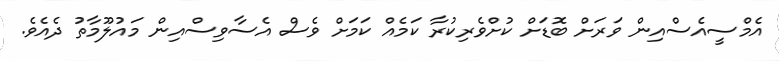
އެމްސީއެސްއިން ވަރަށް ބޮޑަށް ކުށްވެރިކުރާ ކަމެއް ކަމަށް ވެސް އެސާވިސްއިން މައުލޫމާތު ދެއެވެ.